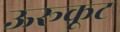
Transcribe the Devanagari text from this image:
ऊरूकूट